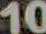
10